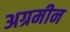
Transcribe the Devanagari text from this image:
अग्रमीन